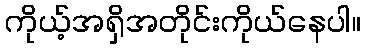
ကိုယ့်အရှိအတိုင်းကိုယ်နေပါ။